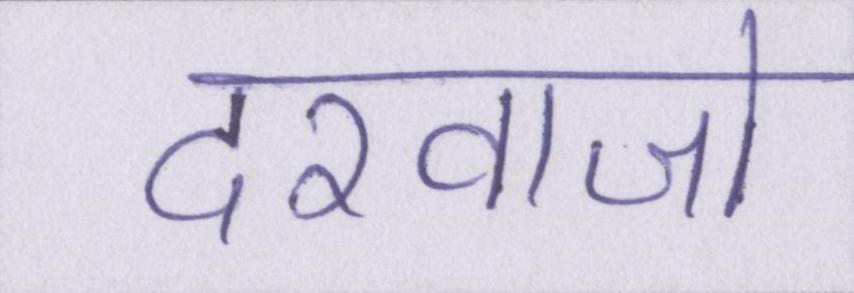
दरवाजो